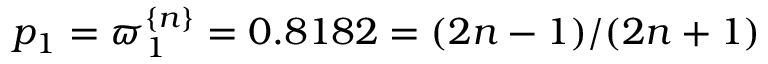
p _ { 1 } = \varpi _ { 1 } ^ { \{ n \} } = 0 . 8 1 8 2 = ( 2 n - 1 ) / ( 2 n + 1 )